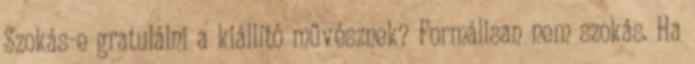
Szokás-e gratulálni a kiállító művésznek? Formálisan nem szokás. Ha